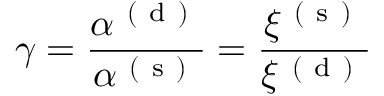
\gamma = \frac { \alpha ^ { \mathrm { ~ ( ~ d ~ ) ~ } } } { \alpha ^ { \mathrm { ~ ( ~ s ~ ) ~ } } } = \frac { \xi ^ { \mathrm { ~ ( ~ s ~ ) ~ } } } { \xi ^ { \mathrm { ~ ( ~ d ~ ) ~ } } }